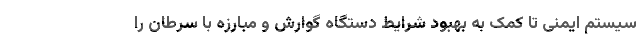
سیستم ایمنی تا کمک به بهبود شرایط دستگاه گوارش و مبارزه با سرطان را